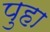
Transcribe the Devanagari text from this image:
पुहा